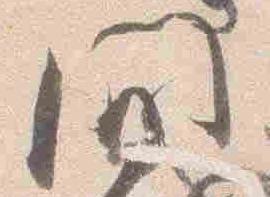
間